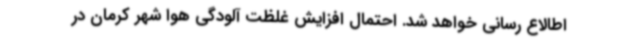
اطالاع رسانی خواهد شد. احتمال افزایش غلظت آلودگی‌ هوا شهر کرمان در